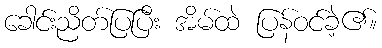
ခေါင်းညိတ်ပြပြီး အိမ်ထဲ ပြန်ဝင်ခဲ့၏။